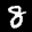
Label: 8